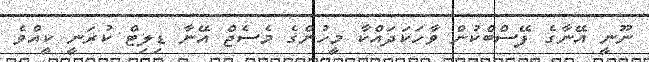
ނޫނީ އޭނާގެ ފޭސްބްކުން ވާހަކަދައްކާ މީހުންގެ މެސެޖް އޭނާ ޑިލިޓް ކުރަނީ ކީއްވެ